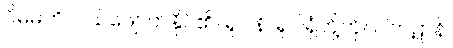
ဝိဓမတိ၊ ပယ်ဖျောက်နိုင်၏။ ရူပါနိ၊ ရူပါရုံတို့ကို။ ပါကဋာနိ၊